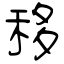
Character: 移